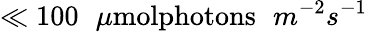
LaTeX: \ll100\phantom{\mathbf{x}}\mu\textrm{{molphotons}}\phantom{\mathbf{x}}m^{-2}s^{-1}